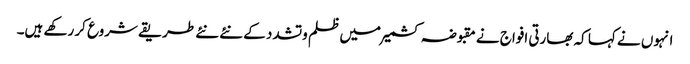
انہوں نے کہا کہ بھارتی افواج نے مقبوضہ کشمیر میں ظلم وتشدد کے نئے نئے طریقے شروع کر رکھے ہیں۔